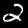
Digit: 2